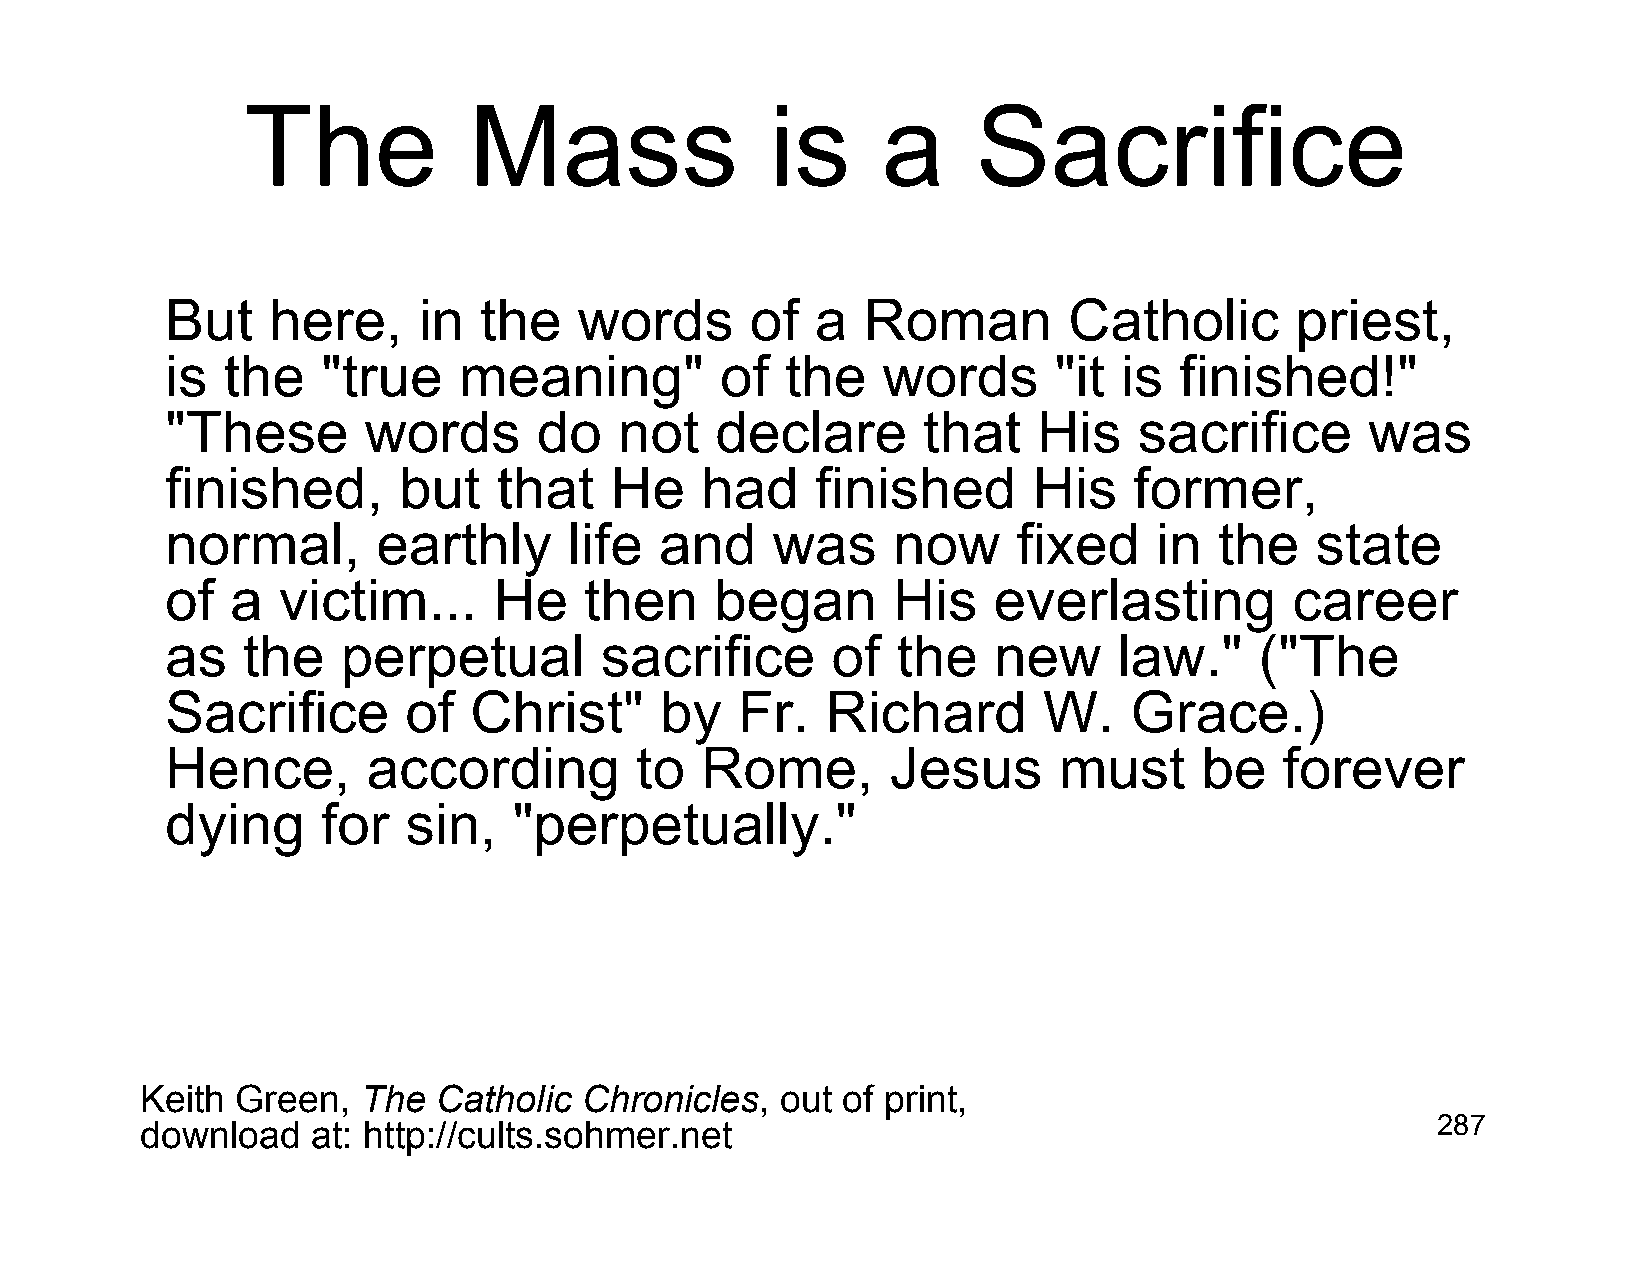
The            Mass                is     a      Sacrifice
 But    here,     in  the   words       of  a  Roman         Catholic       priest,
 is  the   "true    meaning"          of  the   words       "it is  finished!"
 "These       words       do   not   declare       that    His   sacrifice       was
 finished,      but    that   He    had     finished      His    former,
 normal,       earthly      life  and    was     now     fixed     in  the   state
 of  a  victim...      He    then    began       His    everlasting         career
 as   the    perpetual        sacrifice      of  the    new     law."    ("The
 Sacrifice       of  Christ"      by   Fr.   Richard       W.    Grace.)
 Hence,       according         to  Rome,        Jesus      must      be   forever
 dying     for   sin,   "perpetually."
 Keith  Green,  The  Catholic  Chronicles,  out of print,
 download    at: http://cults.sohmer.net                                               287